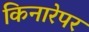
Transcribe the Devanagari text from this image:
किनारेपर